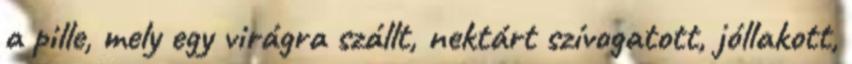
a pille, mely egy virágra szállt, nektárt szívogatott, jóllakott,